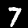
Digit: 7